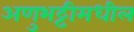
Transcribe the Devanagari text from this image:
अणुभट्टीमधील